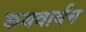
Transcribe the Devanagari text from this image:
कथवार्यन